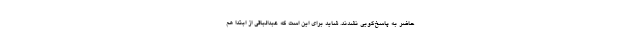
حاضر به پاسخ‌گویی نشدند. شاید برای این است که عبدالباقی از ابتدا هم